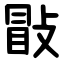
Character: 㪞